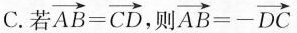
C.若 $$\overrightarrow { A B } = \overrightarrow { C D }$$ ，则 $$\overrightarrow { A B } = - \overrightarrow { D C }$$